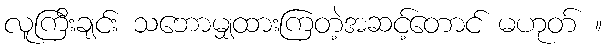
လူကြီးချင်း သဘောမျှထားကြတဲ့အဆင့်တောင် မဟုတ် ။